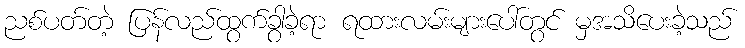
ညစ်ပတ်တဲ့ ပြန်လည်ထွက်ခွာခဲ့ရာ ရထားလမ်းများပေါ်တွင် မှအသိပေးခဲ့သည်